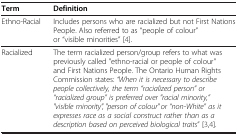
<table><thead><tr><td><b>Term</b></td><td><b>Definition</b></td></tr></thead><tbody><tr><td>Ethno-Racial</td><td>Includes persons who are racialized but not First Nations People. Also referred to as “people of colour” or “visible minorities”[4].</td></tr><tr><td>Racialized</td><td>The term racialized person/group refers to what was previously called &quot;ethno-racial or people of colour&quot; and First Nations People. The Ontario Human Rights Commission states: <i>“When it is necessary to describe people collectively, the term “racialized person” or “racialized group” is preferred over &quot;racial minority,” &quot;visible minority&quot;, &quot;person of colour&quot; or “non-White” as it expresses race as a social construct rather than as a description based on perceived biological traits</i>”[3,4].</td></tr></tbody></table>